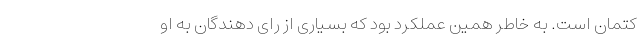
کتمان است. به خاطر همین عملکرد بود که بسیاری از رای دهندگان به او